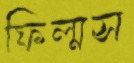
ফিল্মস